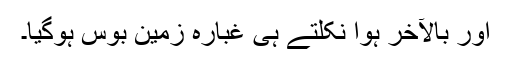
اور بالآخر ہوا نکلتے ہی غبارہ زمین بوس ہوگیا۔